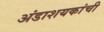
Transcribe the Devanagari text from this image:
अंडाशयकांची